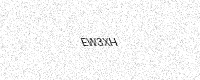
Text: EW3XH